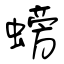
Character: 螃